Indian journal of veterinary science and animal husbandry - Volume 3,
Year: 1933
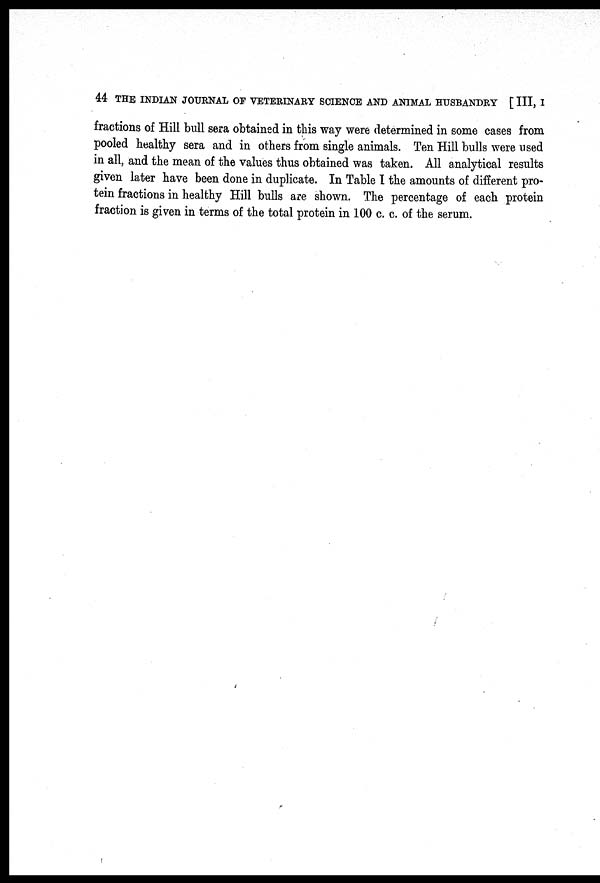
44 THE INDIAN JOURNAL OF VETERINARY SCIENCE AND ANIMAL HUSBANDRY [ III, I
fractions of Hill bull sera obtained in this way were determined in some cases from
pooled healthy sera and in others from single animals. Ten Hill bulls were used
in all, and the mean of the values thus obtained was taken. All analytical results
given later have been done in duplicate. In Table I the amounts of different pro-
tein fractions in healthy Hill bulls are shown. The percentage of each protein
fraction is given in terms of the total protein in 100 c. c. of the serum.